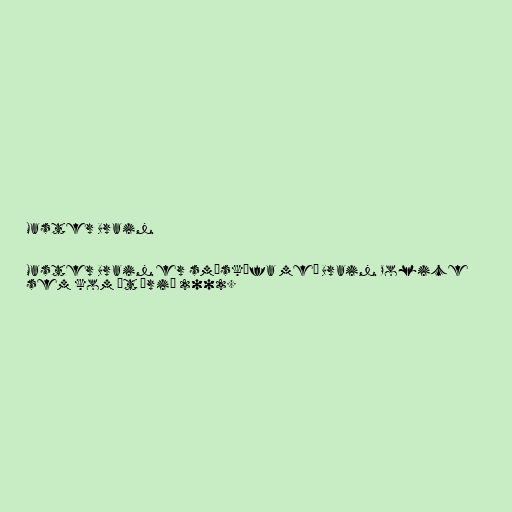
Master Brain

Master Brain er smáskífa með Brain Police
sem kom út árið 2002.